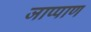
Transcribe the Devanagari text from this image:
जाप्पाण